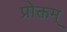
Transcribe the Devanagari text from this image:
प्रोक्तम्